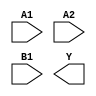
module sky130_fd_sc_hs__a21oi (
    //# {{data|Data Signals}}
    input  A1,
    input  A2,
    input  B1,
    output Y
);

    // Voltage supply signals
    supply1 VPWR;
    supply0 VGND;

endmodule